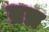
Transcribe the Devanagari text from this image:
व्रत्र